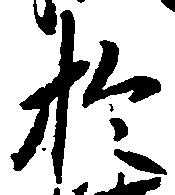
於